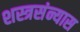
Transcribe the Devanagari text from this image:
शस्त्रसंन्यास